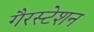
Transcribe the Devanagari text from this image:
गैरस्टेशन